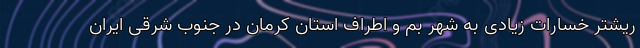
ریشتر خسارات زیادی به شهر بم و اطراف استان کرمان در جنوب شرقی ایران